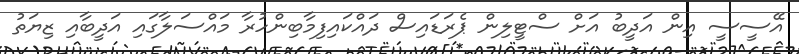
އޭސީސީ އިން އަދީބު އަށް ސްޓީލިން ޕެރަޑައިސް ދައްކައިފިމާބިންހުރާ މައްސަލާގައި އަދީބާއި ޒިޔަތު